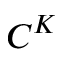
C ^ { K }